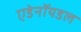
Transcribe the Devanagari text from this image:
एडेनॉयडल